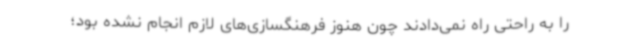
را به راحتی راه نمی‌دادند چون هنوز فرهنگسازی‌های لازم انجام نشده بود؛